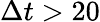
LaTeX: \Delta t>20